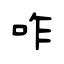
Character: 咋